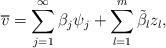
LaTeX: \begin{align*}\overline{v}= \sum\limits_{j=1}^{\infty} \beta_j \psi_j + \sum\limits_{l=1}^m \tilde{\beta}_l z_l,\end{align*}